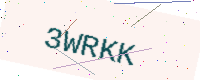
Text: 3WRKK